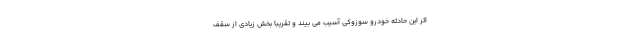
اثر این حادثه خودرو سوزوکی آسیب می بیند و تقریبا بخش زیادی از سقف